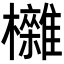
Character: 𣠥